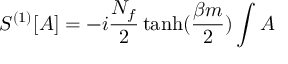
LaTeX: S ^ { ( 1 ) } [ A ] = - i \frac { N _ { f } } { 2 } \operatorname { t a n h } ( \frac { \beta m } { 2 } ) \int A